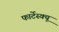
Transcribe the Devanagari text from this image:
फार्टेस्क्यू